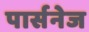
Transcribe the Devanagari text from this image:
पार्सनेज